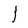
Character: l